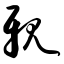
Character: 亲